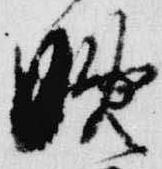
晩